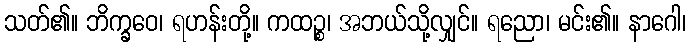
သတ်၏။ ဘိက္ခဝေ၊ ရဟန်းတို့။ ကထဉ္စ၊ အဘယ်သို့လျှင်။ ရညော၊ မင်း၏။ နာဂေါ၊